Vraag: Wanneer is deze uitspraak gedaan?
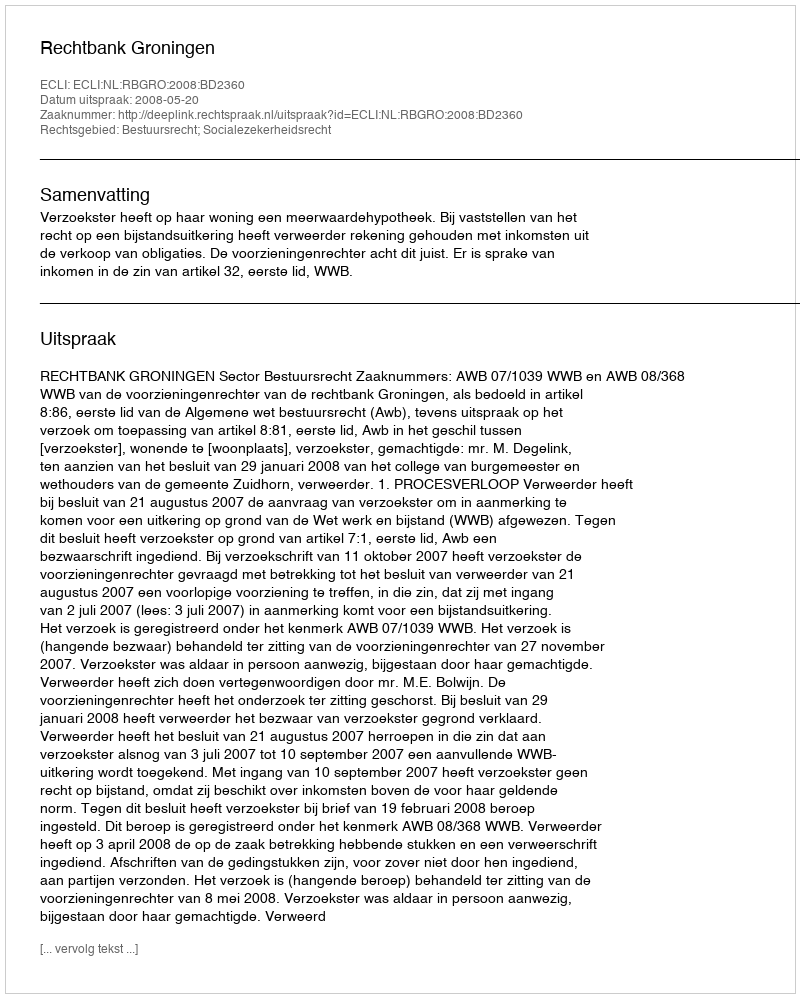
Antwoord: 2008-05-20